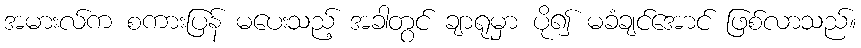
အမားလ်က စကားပြန် မပေးသည့် အခါတွင် ချာရုမှာ ပို၍ မခံချင်အောင် ဖြစ်လာသည်။